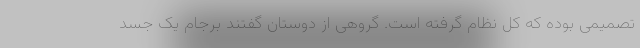
تصمیمی بوده که کل نظام گرفته است. گروهی از دوستان گفتند برجام یک جسد